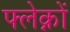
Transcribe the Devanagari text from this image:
फ्लेक्नों